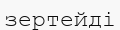
зертейді